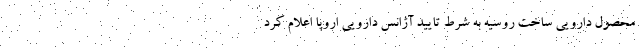
محصول دارویی ساخت روسیه به شرط تایید آژانس دارویی اروپا اعلام کرد